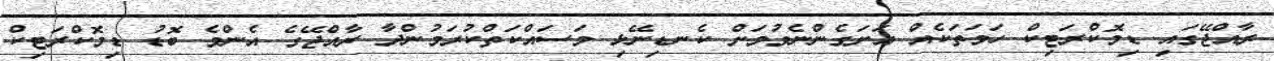
ރާއްޖޭގައި ޑިމޮކްރަޓިކް ހަމަތަކެއް އަށަގެންނެވުމަށް ކެނޑިނޭޅި މަސައްކަތްކުރަމުންދާ ރާއްޖޭގެ އެންމެ ބޮޑު ޑިމޮކްރަޓިކް